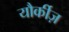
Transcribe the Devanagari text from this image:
यौर्कीज़